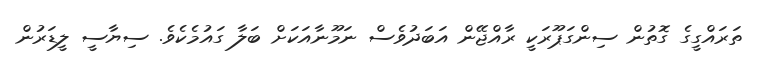
ތަރައްގީގެ ގޮތުން ސިންގަޕޫރަކީ ރާއްޖޭން އަބަދުވެސް ނަމޫނާއަކަށް ބަލާ ގައުމެކެވެ. ސިޔާސީ ލީޑަރުން